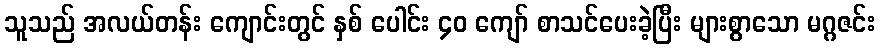
သူသည် အလယ်တန်း ကျောင်းတွင် နှစ် ပေါင်း ၄၀ ကျော် စာသင်ပေးခဲ့ပြီး များစွာသော မဂ္ဂဇင်း